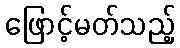
ဖြောင့်မတ်သည့်